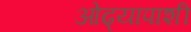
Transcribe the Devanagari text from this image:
ओढ्यापाशी